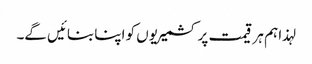
لہذا ہم ہر قیمت پر کشمیریوں کو اپنا بنائیں گے۔